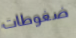
ضغوطات